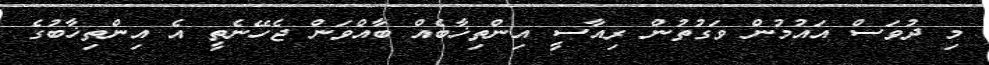
މި ދުވަސް އައުމުން ވަގުތުން ރިއާސީ އިންތިޚާބެއް ބާއްވަން ޖެހޭނެތީ އެ އިންތިޚާބުގެ